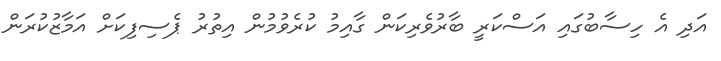
އަދި އެ ހިސާބުގައި އަސްކަރީ ބާރުވެރިކަން ގާއިމު ކުރެވުމުން އިތުރު ޕެސިފިކަށް އަމާޒުކުރަން